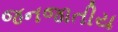
જનજાતીય